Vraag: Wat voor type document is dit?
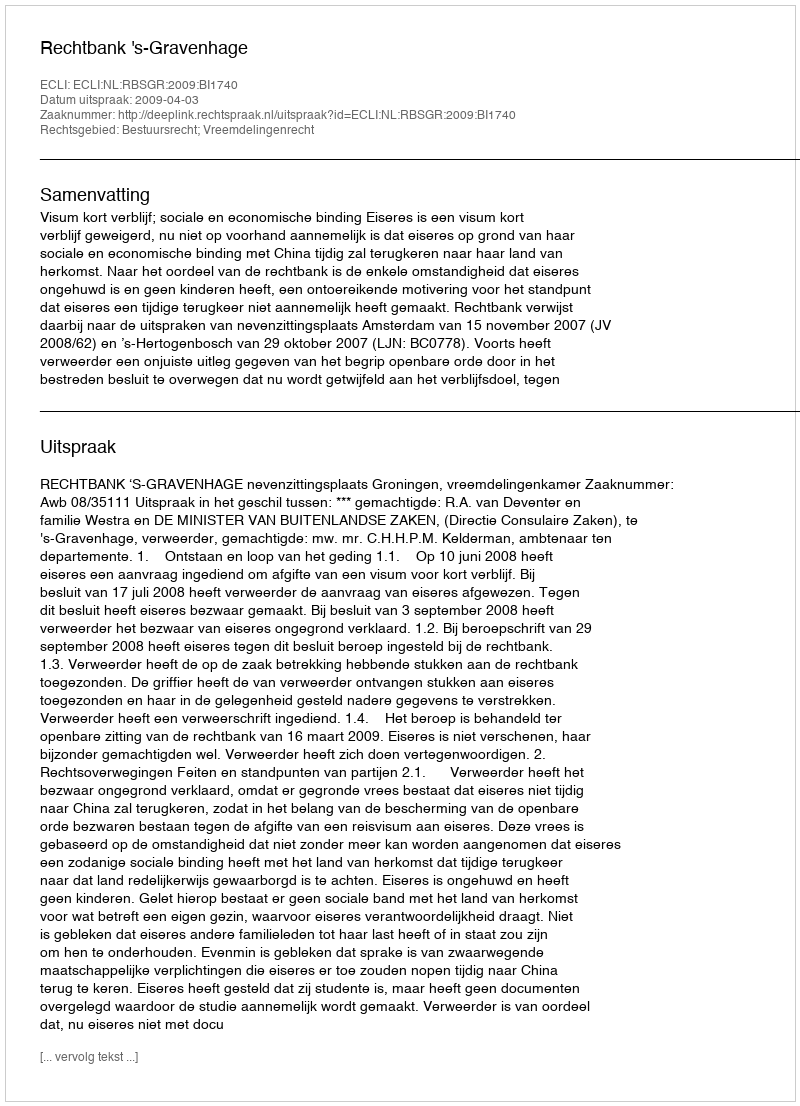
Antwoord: Uitspraak